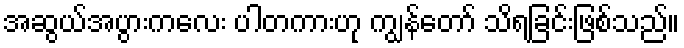
အဆွယ်အပွားကလေး ပါတကားဟု ကျွန်တော် သိရခြင်းဖြစ်သည်။